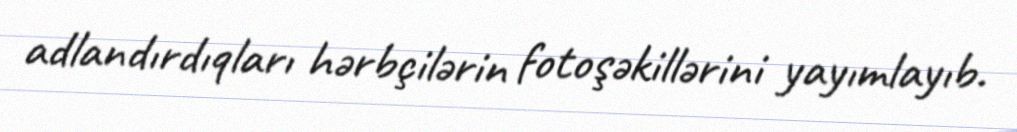
adlandırdıqları hərbçilərin fotoşəkillərini yayımlayıb.